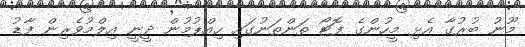
މޫނު ބުރުގާ އެޅި މީހުންގެ ފޮޓޯ ތަންތަނުގައި ހިއްޕުމުން ދީނީ އިލްމުވެރިން ފާޑު